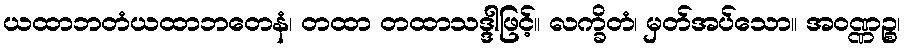
ယထာဘတံယထာဘတေနံ၊ တထာ တထာသဒ္ဒါဖြင့်။ လက္ခိတံ၊ မှတ်အပ်သော။ အဝဏ္ဏဉ္စ၊